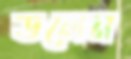
ডলেন